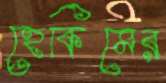
হেকিমের